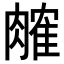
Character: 𬛎